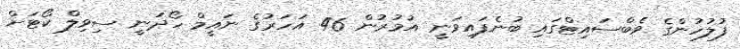
ފުލުހުންގެ ވެބްސައިޓްގައި ބުނެފައިވަނީ އުމުރުން 46 އަހަރުގެ ނައީމް ހޯދަނީ ސިވިލް ކޯޓަށް